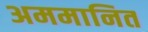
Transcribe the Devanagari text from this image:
अममानित